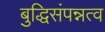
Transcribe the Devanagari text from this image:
बुद्धिसंपन्नत्व